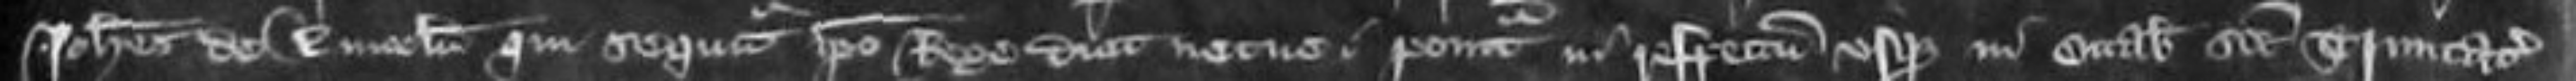
Johannes de Lincoln qui sequitur ipso Rege dicit nec ne ponitur in respectum usque in Octabis Sancte Trinitate